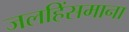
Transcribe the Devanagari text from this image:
जलहिंसमाना